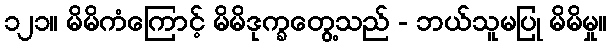
၁၂၁။ မိမိကံကြောင့် မိမိဒုက္ခတွေ့သည် - ဘယ်သူမပြု မိမိမှု။